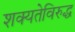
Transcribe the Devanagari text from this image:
शक्यतेविरुद्ध